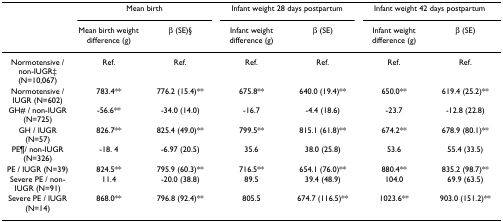
|  | <COLSPAN=2> Mean birth | <COLSPAN=2> Infant weight 28 days postpartum | <COLSPAN=2> Infant weight 42 days postpartum |
 |  | Mean birth weight difference (g) | β (SE)§ | Infant weight difference (g) | β (SE) | Infant weight difference (g) | β (SE) |
 | --- | --- | --- | --- | --- | --- | --- |
 | Normotensive / non-IUGR‡ (N=10,067) | Ref. | Ref. | Ref. | Ref. | Ref. | Ref. |
 | Normotensive / IUGR (N=602) | 783.4** | 776.2 (15.4)** | 675.8** | 640.0 (19.4)** | 650.0** | 619.4 (25.2)** |
 | GH# / non-IUGR (N=725) | -56.6** | -34.0 (14.0) | -16.7 | -4.4 (18.6) | -23.7 | -12.8 (22.8) |
 | GH / IUGR (N=57) | 826.7** | 825.4 (49.0)** | 799.5** | 815.1 (61.8)** | 674.2** | 678.9 (80.1)** |
 | PE¶/ non-IUGR (N=326) | -18. 4 | -6.97 (20.5) | 35.6 | 38.0 (25.8) | 53.6 | 55.4 (33.5) |
 | PE / IUGR (N=39) | 824.5** | 795.9 (60.3)** | 716.5** | 654.1 (76.0)** | 880.4** | 835.2 (98.7)** |
 | Severe PE / non-IUGR (N=91) | 11.4 | -20.0 (38.8) | 89.5 | 39.4 (48.9) | 104.0 | 69.9 (63.5) |
 | Severe PE / IUGR (N=14) | 868.0** | 796.8 (92.4)** | 805.5 | 674.7 (116.5)** | 1023.6** | 903.0 (151.2)** |